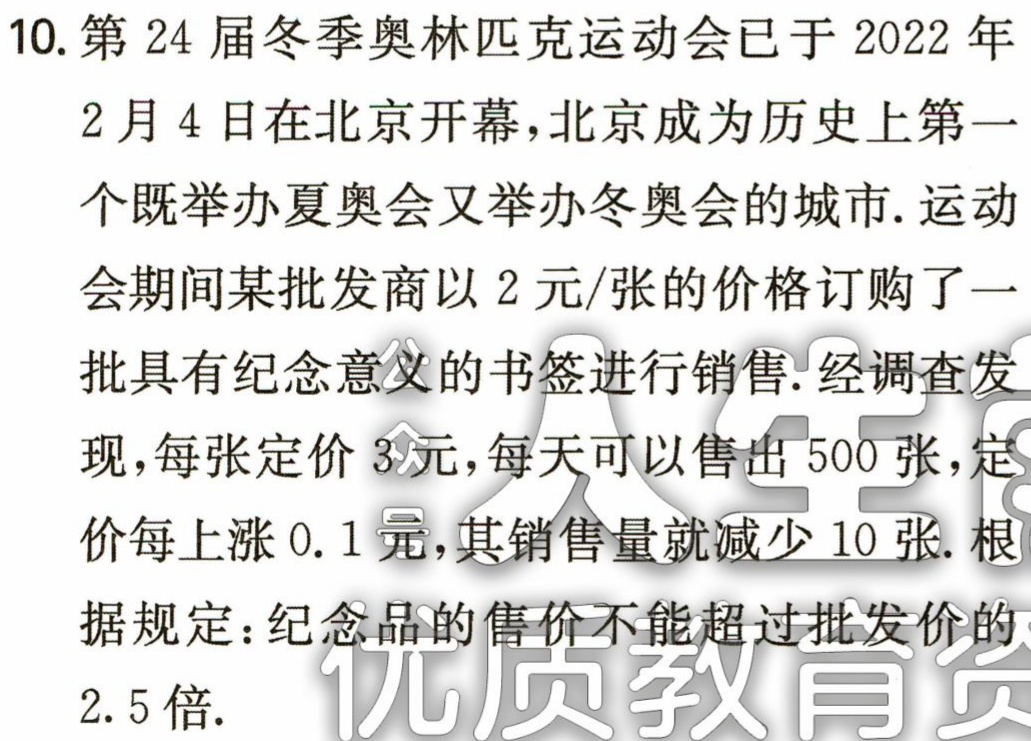
10. 第24届冬季奥林匹克运动会已于2022年
2月4日在北京开幕，北京成为历史上第一
个既举办夏奥会又举办冬奥会的城市. 运动
会期间某批发商以2元/张的价格订购了一
批具有纪念意义的书签进行销售. 经调查发
现，每张定价3元，每天可以售出500张，定
价每上涨0.1元，其销售量就减少10张. 根
据规定：纪念品的售价不能超过批发价的
2.5倍.